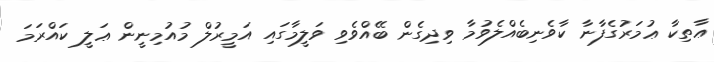
ޢާތިކާ ޢުމަރުގެފާނާ ކާވެނިބެއްލެވުމާ ވިދިގެން ބޭއްވެވި ވަލީމާގައި އަމީރުލް މުއުމިނީން ޢަލީ ކައްރަމަ